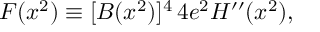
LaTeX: F ( x ^ { 2 } ) \equiv [ B ( x ^ { 2 } ) ] ^ { 4 } \, 4 e ^ { 2 } H ^ { \prime \prime } ( x ^ { 2 } ) ,